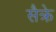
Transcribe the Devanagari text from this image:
सैक्रे